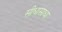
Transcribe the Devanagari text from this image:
सीधासाधा